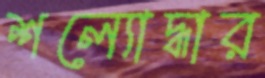
শল্যোদ্ধার